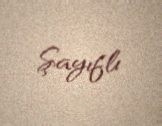
Şayıflı